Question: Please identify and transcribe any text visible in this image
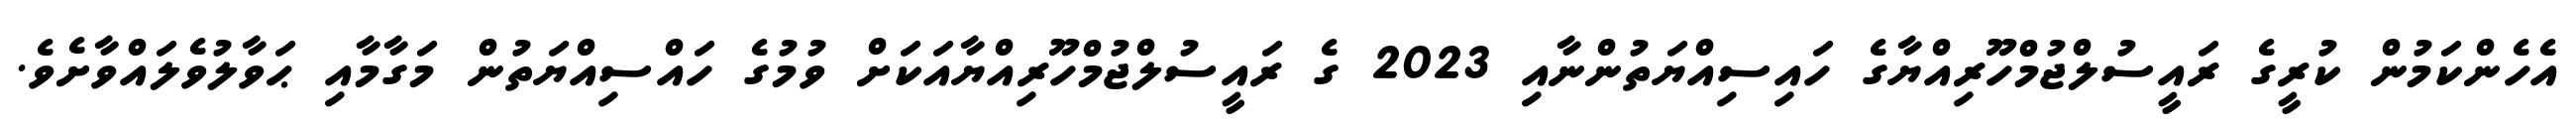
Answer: އެހެންކަމުން ކުރީގެ ރައީސުލްޖުމްހޫރިއްޔާގެ ހައިސިއްޔަތުންނާއި 2023 ގެ ރައީސުލްޖުމްހޫރިއްޔާއަކަށް ވުމުގެ ހައްސިއްޔަތުން މަގާމާއި ޙަވާލުވެލައްވާށެވެ.